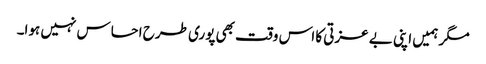
مگر ہمیں اپنی بے عزتی کا اس وقت بھی پوری طرح احساس نہیں ہوا۔